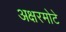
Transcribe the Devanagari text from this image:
अक्षरमोटे